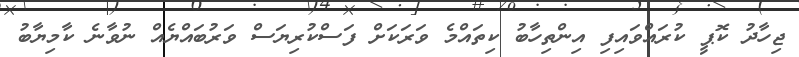
ޖިހާދު ކޮޕީ ކުރައްވައިފި އިންތިހާބު ކިތައްމެ ވަރަކަށް ފަސްކުރިޔަސް ވަރުބައްޔެއް ނުވާނެ ކާމިޔާބު